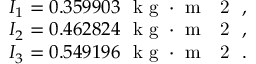
\begin{array} { r } { I _ { 1 } = 0 . 3 5 9 9 0 3 \ \mathrm { ~ k ~ g ~ } \cdot \mathrm { ~ m ~ \textsuperscript ~ { ~ 2 ~ } ~ } , } \\ { I _ { 2 } = 0 . 4 6 2 8 2 4 \ \mathrm { ~ k ~ g ~ } \cdot \mathrm { ~ m ~ \textsuperscript ~ { ~ 2 ~ } ~ } , } \\ { I _ { 3 } = 0 . 5 4 9 1 9 6 \ \mathrm { ~ k ~ g ~ } \cdot \mathrm { ~ m ~ \textsuperscript ~ { ~ 2 ~ } ~ } . } \end{array}